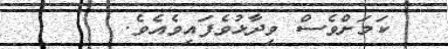
ކަމަށްވެސް ވިދާޅުވެފައިވެއެވެ.